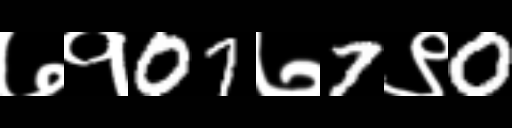
Text: ७१07७7९0